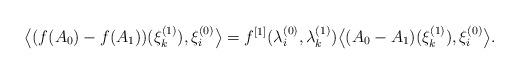
LaTeX: \begin{align*}\label{Lowner'sformula}\bigl\langle(f(A_0)-f(A_1))(\xi_k^{(1)}),\xi_i^{(0)}\bigr\rangle=f^{[1]}(\lambda_i^{(0)},\lambda_k^{(1)})\bigl\langle (A_0-A_1)(\xi_k^{(1)}),\xi_i^{(0)}\bigr\rangle.\end{align*}